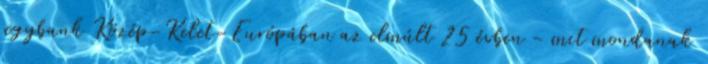
jegybank Közép-Kelet-Európában az elmúlt 25 évben - mit mondanak